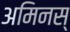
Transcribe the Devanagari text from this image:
अमिनस्